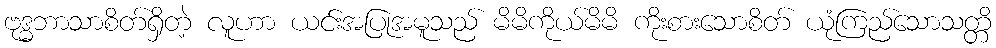
ဗုဒ္ဓဘာသာစိတ်ရှိတဲ့ လူဟာ ယင်းအပြုအမူသည် မိမိကိုယ်မိမိ ကိုးစားသောစိတ် ယုံကြည်သောသတ္တိ